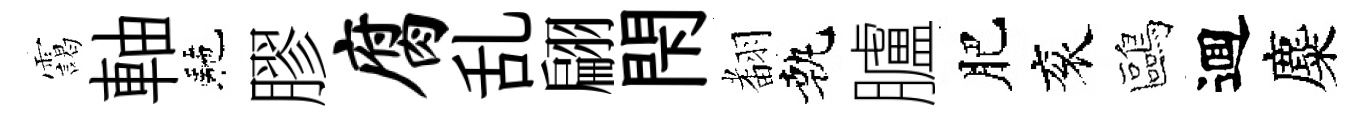
靄軸駰膠腐乱翩閇𮋒執臚肥衮鷗逥麋